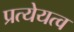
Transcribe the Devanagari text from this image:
प्रत्येयत्व